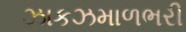
ઝાકઝમાળભરી